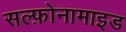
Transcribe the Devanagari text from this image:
सल्‍फ़ोनामाइड